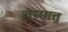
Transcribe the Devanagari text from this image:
तस्मात्तु